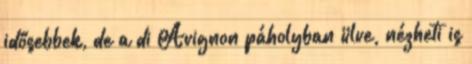
idősebbek, de a di Avignon páholyban ülve, nézheti is